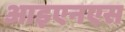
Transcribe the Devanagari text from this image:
आइएनएस